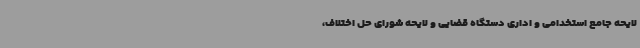
لایحه جامع استخدامی و اداری دستگاه قضایی و لایحه شورای حل اختلاف،